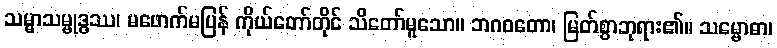
သမ္မာသမ္ဗုဒ္ဓဿ၊ မဖောက်မပြန် ကိုယ်တော်တိုင် သိတော်မူသော။ ဘဂဝတော၊ မြတ်စွာဘုရား၏။ သမ္ဗောဓာ၊